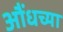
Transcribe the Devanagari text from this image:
औंधच्या